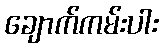
ချောက်ကမ်းပါး